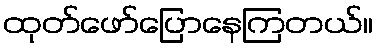
ထုတ်ဖော်ပြောနေကြတယ်။